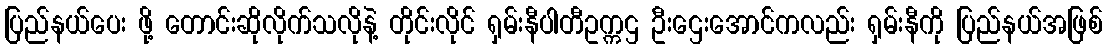
ပြည်နယ်ပေး ဖို့ တောင်းဆိုလိုက်သလိုနဲ့ တိုင်းလိုင် ရှမ်းနီပါတီဥက္ကဌ ဦးဌေးအောင်ကလည်း ရှမ်းနီကို ပြည်နယ်အဖြစ်